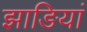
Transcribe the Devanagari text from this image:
झाङियां